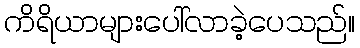
ကိရိယာများပေါ်လာခဲ့ပေသည်။